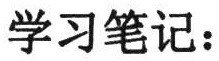
学习笔记：